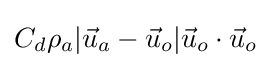
C_{d}\rho _{a}|{\vec {u}}_{a}-{\vec {u}}_{o}|{\vec {u}}_{o}\cdot {\vec {u}}_{o}